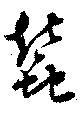
蚕